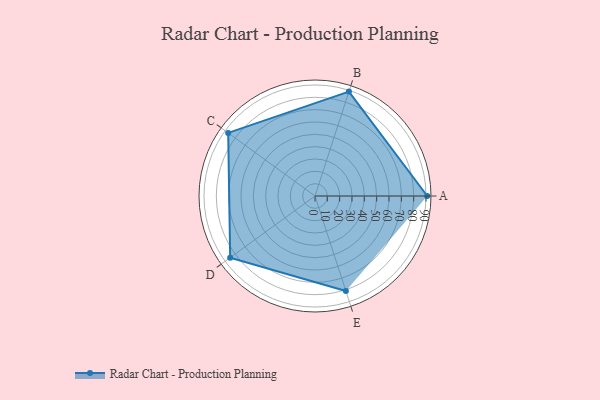
{"axis": {"x": "Skill", "y": "Score"}, "legend": ["Profile"], "data": [{"x": "A", "y": 91.0, "type": "Profile"}, {"x": "B", "y": 89.0, "type": "Profile"}, {"x": "C", "y": 87.0, "type": "Profile"}, {"x": "D", "y": 85.0, "type": "Profile"}, {"x": "E", "y": 81.0, "type": "Profile"}]}